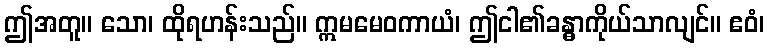
ဤအတူ။ သော၊ ထိုရဟန်းသည်။ ဣမမေဝကာယံ၊ ဤငါ၏ခန္ဓာကိုယ်သာလျင်။ ဧဝံ၊